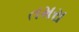
તમરા